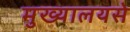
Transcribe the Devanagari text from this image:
मुख्यालयसे